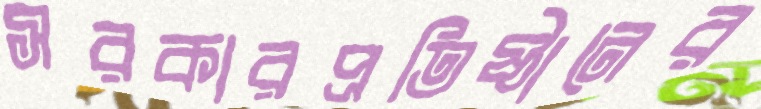
সরকারপ্রতিষ্ঠানের